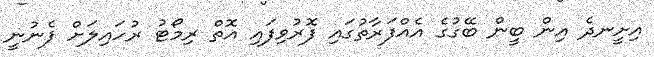
އިށީނދެ އިން ބީން ބޭގުގެ އެއްފަރާތުގައި ފޮރުވިފައި އޮތް ރިމޯޓު ރުހައިލަށް ފެނުނީ